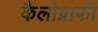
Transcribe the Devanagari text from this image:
कैलोग्राफी